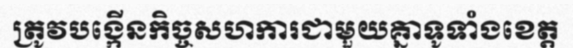
ត្រូវបង្កើនកិច្ចសហការជាមួយគ្នាទូទាំងខេត្ត